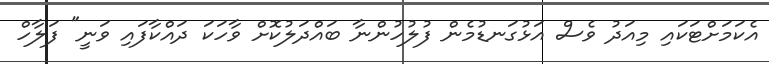
އެކަމަށްޓަކައި މިއަދު ވެސް އަޅުގަނޑުމެން ފުލުހުންނާ ބައްދަލުކޮށް ވާހަކަ ދައްކާފައި ވަނީ" ފަލާހް